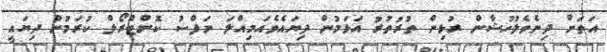
އަތަށް ދިނެވެލުހުޝާން ރުޅިން ތުރުތުރު އަޅަމުން ދިޔައެވެއަމިއްލަ ނަފްސު ކޮންޓްރޯލް ކުރަމުން ދިޔައީ